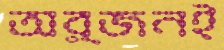
অর্জনই